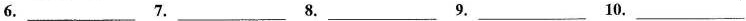
6.___ 7.___ 8.___ 9.___ 10.___